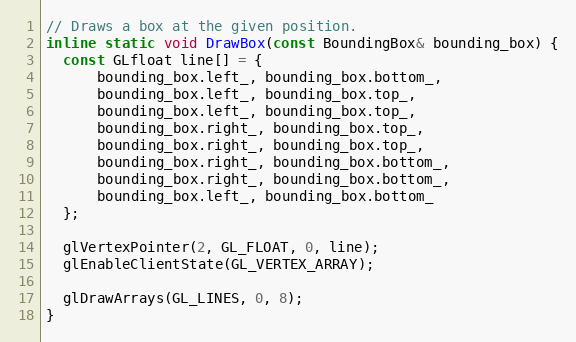
Language: C
// Draws a box at the given position.
inline static void DrawBox(const BoundingBox& bounding_box) {
  const GLfloat line[] = {
      bounding_box.left_, bounding_box.bottom_,
      bounding_box.left_, bounding_box.top_,
      bounding_box.left_, bounding_box.top_,
      bounding_box.right_, bounding_box.top_,
      bounding_box.right_, bounding_box.top_,
      bounding_box.right_, bounding_box.bottom_,
      bounding_box.right_, bounding_box.bottom_,
      bounding_box.left_, bounding_box.bottom_
  };

  glVertexPointer(2, GL_FLOAT, 0, line);
  glEnableClientState(GL_VERTEX_ARRAY);

  glDrawArrays(GL_LINES, 0, 8);
}